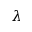
\lambda